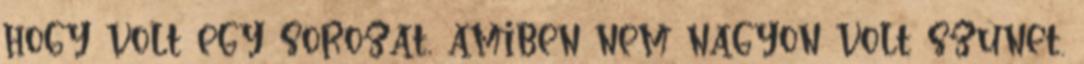
hogy volt egy sorozat, amiben nem nagyon volt szünet.